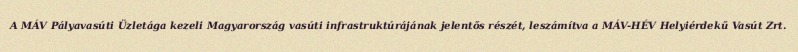
A MÁV Pályavasúti Üzletága kezeli Magyarország vasúti infrastruktúrájának jelentős részét, leszámítva a MÁV-HÉV Helyiérdekű Vasút Zrt.